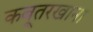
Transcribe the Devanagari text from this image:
कबूतरखाना